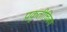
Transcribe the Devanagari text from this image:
प्रकृतीचित्रण